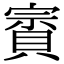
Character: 賨